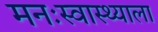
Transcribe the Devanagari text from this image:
मनःस्वास्थ्याला